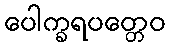
ပေါက္ခရပတ္တေဝ